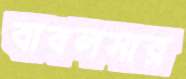
বাবলসার